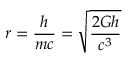
r = { \frac { h } { m c } } = { \sqrt { \frac { 2 G h } { c ^ { 3 } } } }